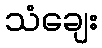
သံချေး